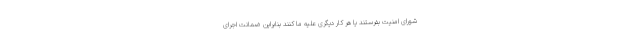
شورای امنیت بفرستند یا هر کار دیگری علیه ما کنند بنابراین ضمانت اجرای